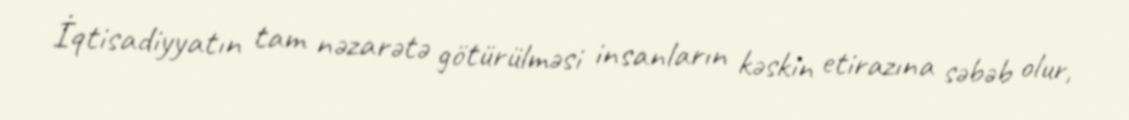
İqtisadiyyatın tam nəzarətə götürülməsi insanların kəskin etirazına səbəb olur,